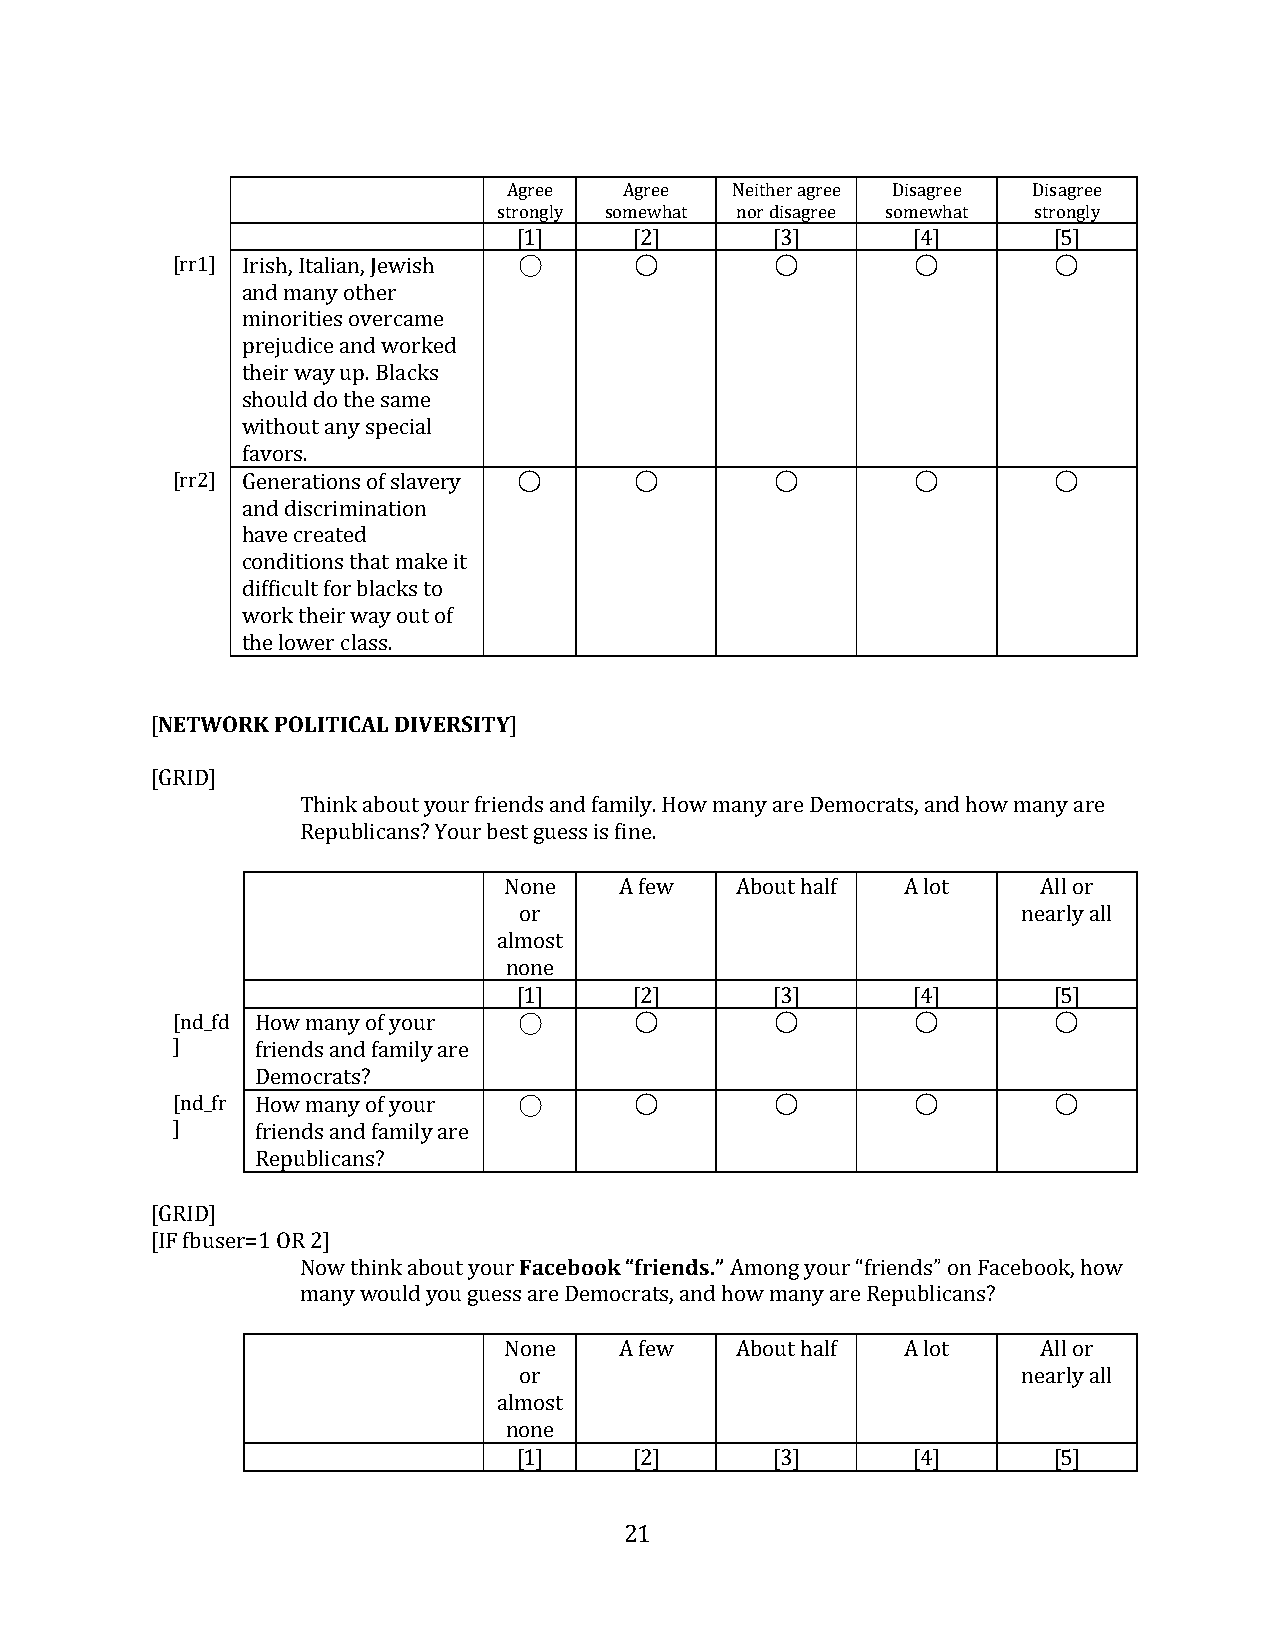
Agree  Agree  Neither agree Disagree Disagree
 strongly somewhat nor disagree somewhat strongly
 ◯
 [1]     [2]      [3]      [4]       [5]
 [rr1] Irish, Italian, Jewish   ◯        ◯         ◯        ◯
 and many other
 minorities overcame
 prejudice and worked
 their way up. Blacks
 should do the same
 without any special
 favors.
 [rr2] Generations of slavery ◯ ◯        ◯         ◯        ◯
 and discrimination
 have created
 conditions that make it
 difficult for blacks to
 work their way out of
 the lower class.
 NETWORK POLITICAL DIVERSITY
 [                       ]
 [GRID]
 Think about your friends and family. How many are Democrats, and how many are
 Republicans? Your best guess is fine.
 None    A few   About half A lot    All or
 or                                nearly all
 almost
 no◯ne
 [1]     [2]      [3]      [4]       [5]
 [nd_fd How many of your        ◯        ◯         ◯        ◯
 ]
 friends and family are ◯
 Democrats?
 [nd_fr How many of your        ◯        ◯         ◯        ◯
 ]
 friends and family are
 Republicans?
 [GRID]                  Facebook “friends.”
 [IF fbuser=1 OR 2]
 Now think about your        Among your “friends” on Facebook, how
 many would you guess are Democrats, and how many are Republicans?
 None    A few   About half A lot    All or
 or                                nearly all
 almost
 none
 [1]     [2]      [3]      [4]       [5]
 21